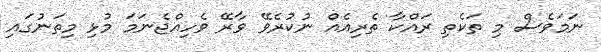
ނަމަވެސް މި ތަކެތި ރައްކާ ތެރިއެއް ނުކުރެވޭ ވާރޭ ވެހިއްޖެނަމަ މުޅި މިތަނުގައި